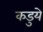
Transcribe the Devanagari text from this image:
कडुये